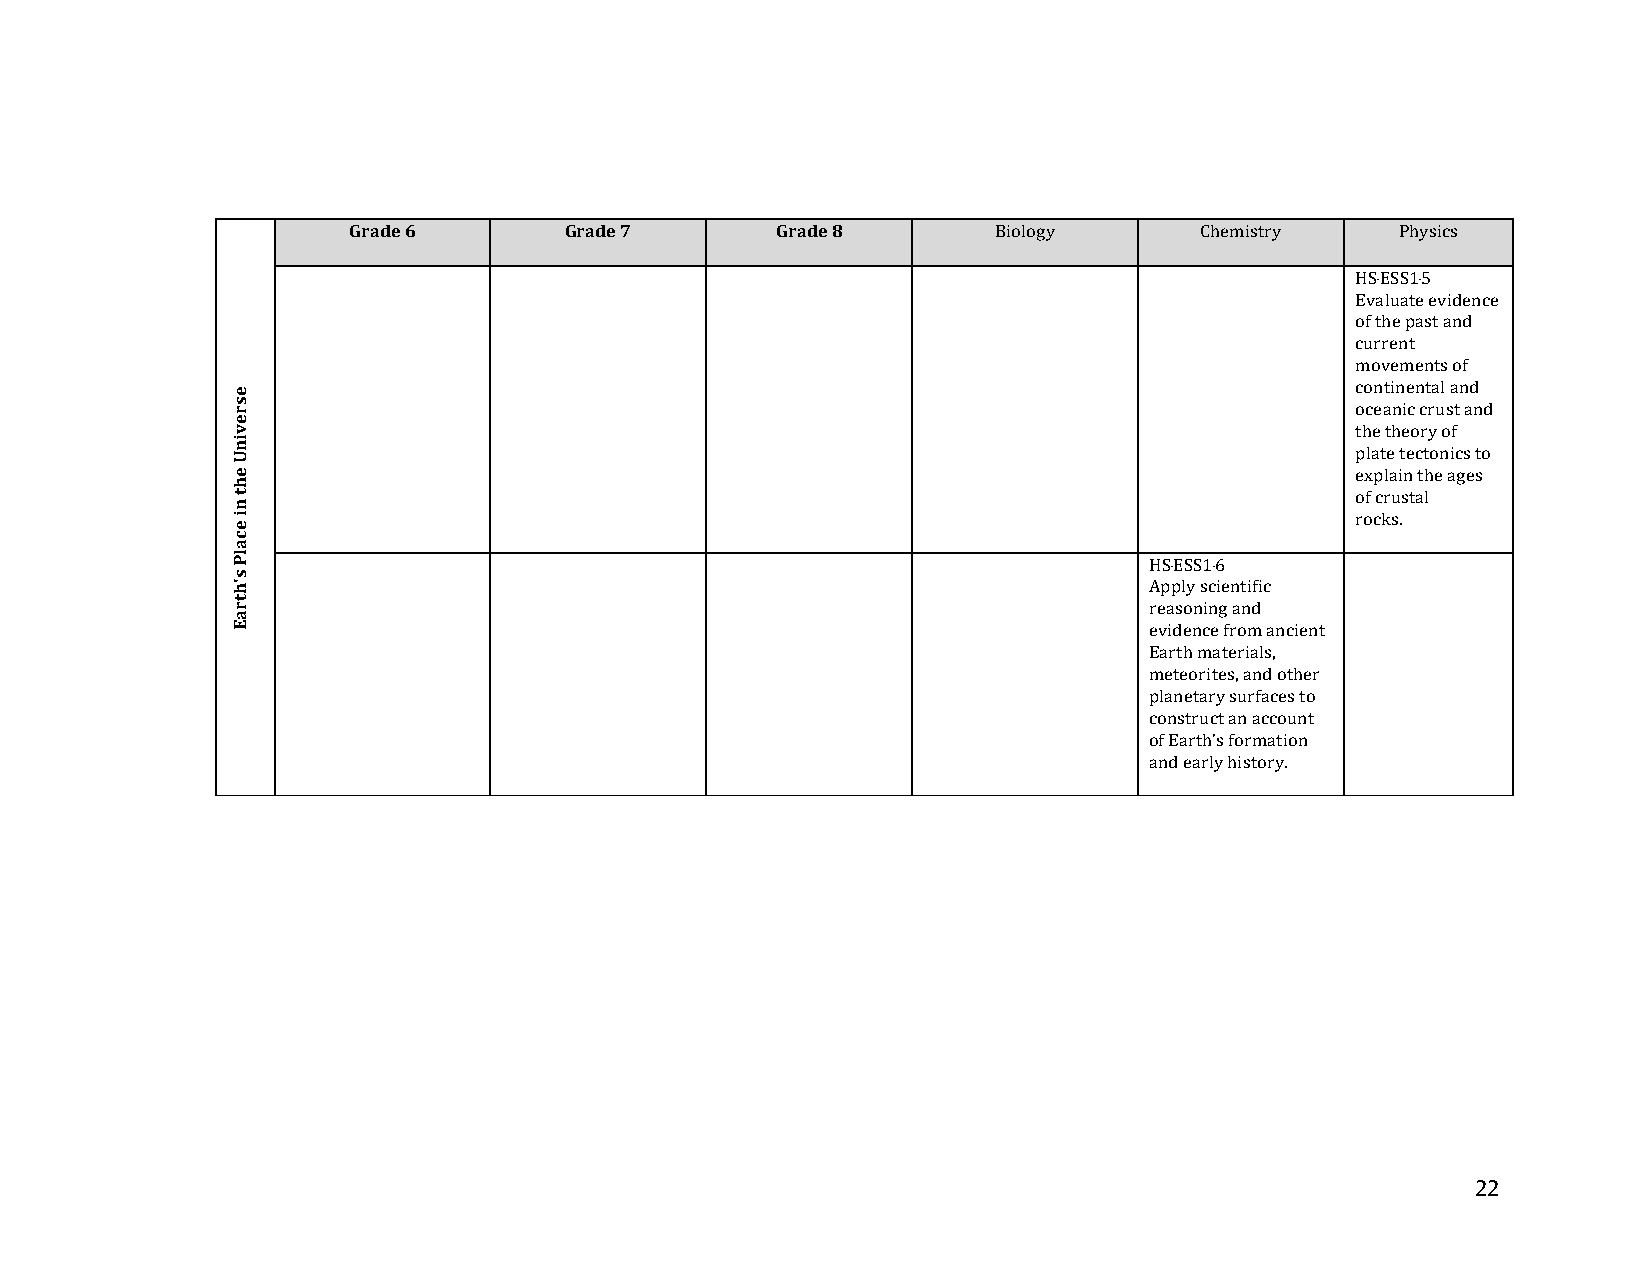
Grade 6       Grade 7       Grade 8        Biology      Chemistry     Physics
 HS‐ESS1‐5
 Evaluate evidence
 of the past and
 current
 movements of
 continental and
 oceanic crust and
 the theory of
 plate tectonics to
 explain the ages
 of crustal
 rocks.
 HS‐ESS1‐6
 Apply scientific
 reasoning and
 evidence from ancient
 Earth materials,
 meteorites, and other
 planetary surfaces to
 construct an account
 of Earth’s formation
 and early history.
 22
 esrevinU
 eht
 ni
 ecalP
 s'htraE